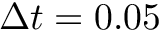
\Delta t = 0 . 0 5